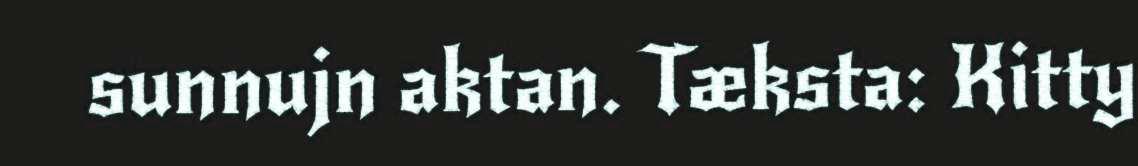
sunnujn aktan. Tæksta: Kitty